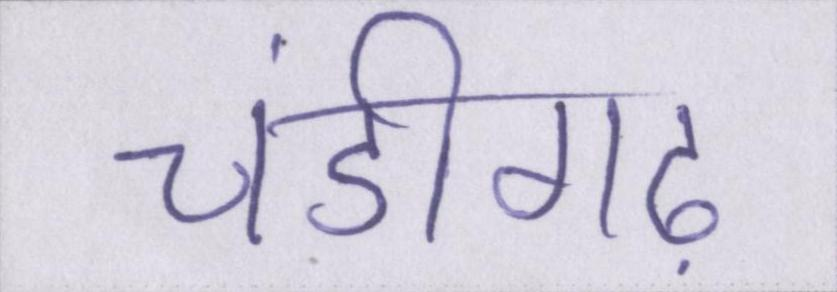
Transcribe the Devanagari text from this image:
चंडीगढ़